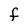
Character: F